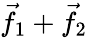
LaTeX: {\vec{f}}_{1}+{\vec{f}}_{2}